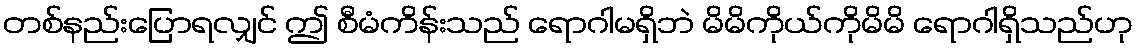
တစ်နည်းပြောရလျှင် ဤ စီမံကိန်းသည် ရောဂါမရှိဘဲ မိမိကိုယ်ကိုမိမိ ရောဂါရှိသည်ဟု